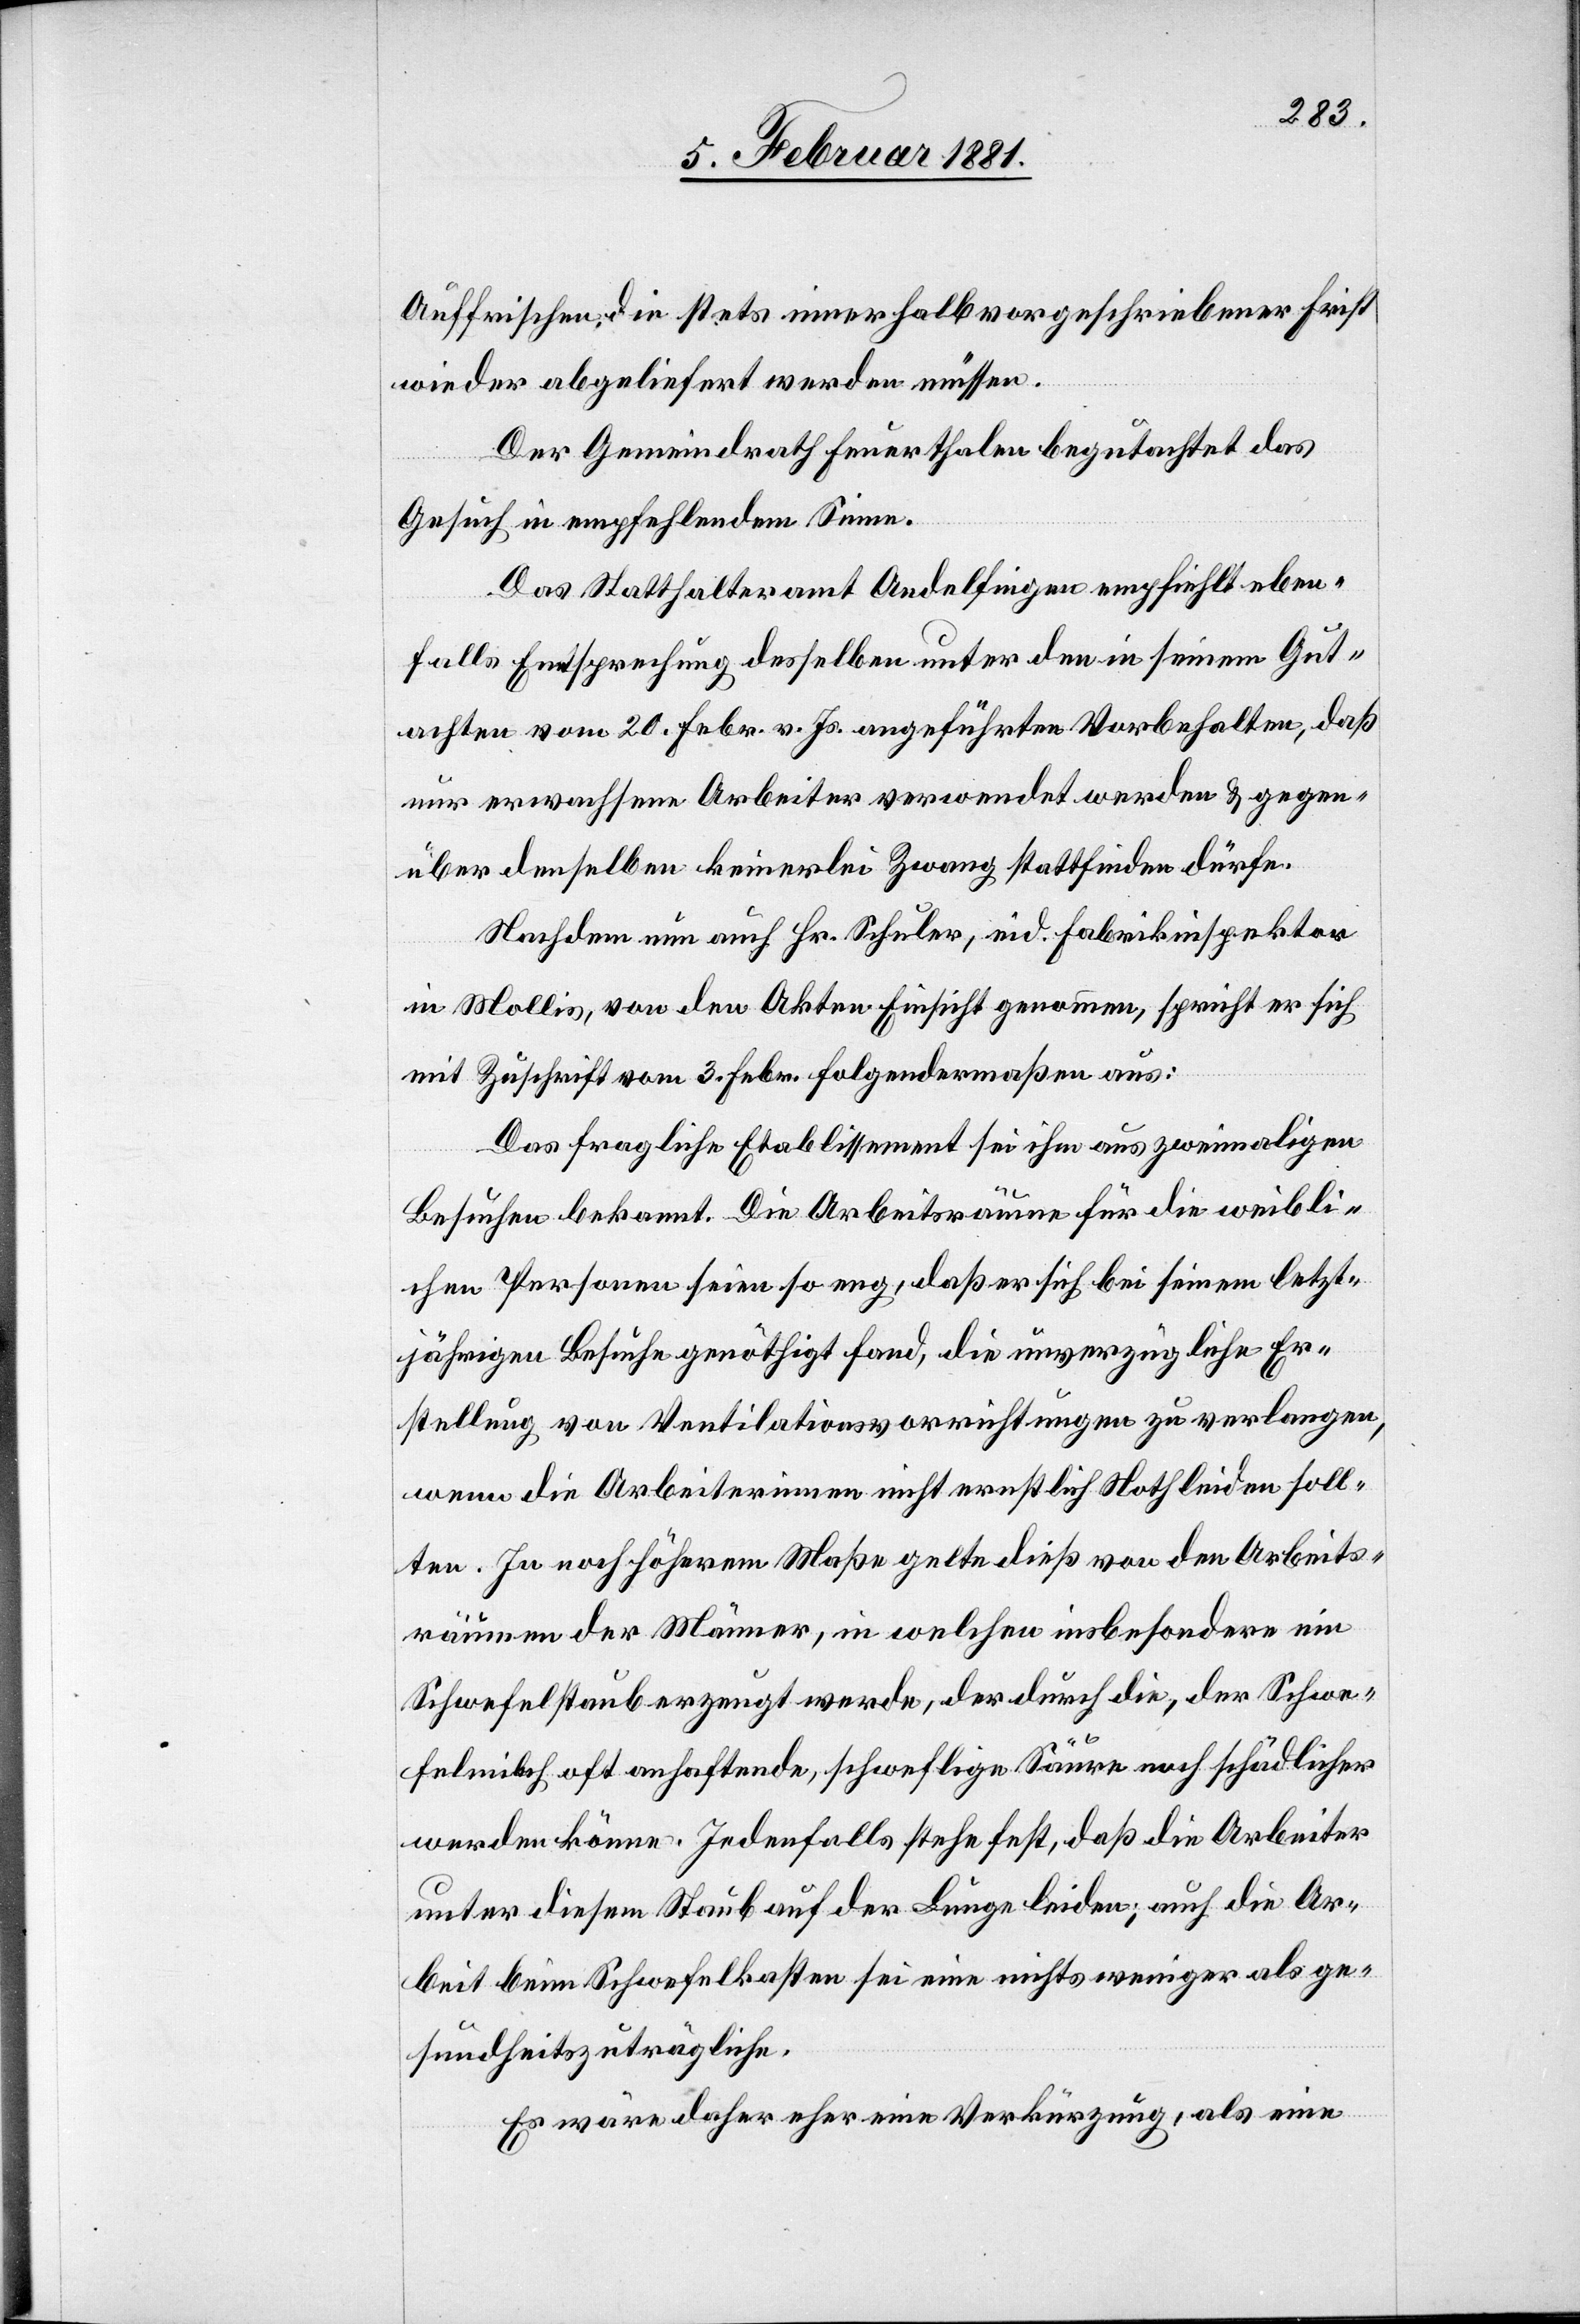
Auffrischen die stets innerhalb vorgeschriebener Frist
wieder abgeliefert werden müssen.
Der Gemeindrath Feuerthalen begutachtet das
Gesuch in empfehlendem Sinne.
Das Statthalteramt Andelfingen empfiehlt eben¬
falls Entsprechung desselben unter den in seinem Gut¬
achten vom 20. Febr. v. Js. angeführten Vorbehalten, daß
nur erwachsene Arbeiter verwendet werden & gegen¬
über demselben keinerlei Zwang stattfinden dürfe.
Nachdem nun auch Hr. Schuler, eid. Fabrikinspektor
in Mollis, von den Akten Einsicht genommen, spricht er sich
mit Zuschrift vom 3. Febr. folgendermaßen aus:
Das fragliche Etablissement sei ihm aus zweimaligen
Besuchen bekannt. Die Arbeitsräume für die weibli¬
chen Personen seien so eng, daß er sich bei seinem letzt¬
jährigen Besuche genöthigt fand, die unverzügliche Er¬
stellung von Ventilationsvorrichtungen zu verlangen,
wenn die Arbeiterinnen nicht ernstlich Nothleiden soll¬
ten. In noch höherem Maße gelte dieß von den Arbeits¬
räumen der Männer, in welchen insbesondere ein
Schwefelstaub erzeugt werde, der durch die, der Schwe¬
felmilch oft anhaftende, schweflige Säure noch schädlicher
werden könne. Jedenfalls stehe fest, daß die Arbeiter
unter diesem Staub auf der Lunge leiden; auch die Ar¬
beit beim Schwefelkasten sei eine nichts weniger als ge¬
sundheitszuträgliche.
Es wäre daher eher eine Verkürzung, als eine